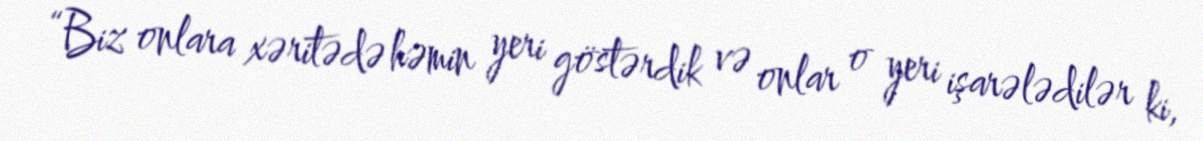
“Biz onlara xəritədə həmin yeri göstərdik və onlar o yeri işarələdilər ki,